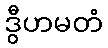
ဒွီဟမတံ